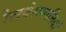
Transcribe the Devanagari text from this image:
रेलवेसम्पत्तियों